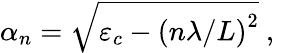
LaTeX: \alpha_{n}=\sqrt{\varepsilon_{c}-\left(n\lambda/L\right)^{2}}\mathrm{~,~}